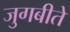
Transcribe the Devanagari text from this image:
जुगबीते